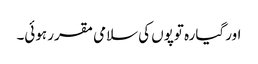
اور گیارہ توپوں کی سلامی مقرر ہوئی۔